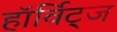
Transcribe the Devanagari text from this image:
हॉर्विट्ज